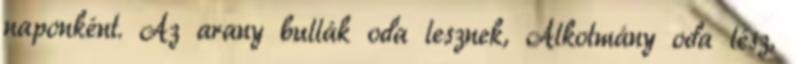
naponként. Az arany bullák oda lesznek, Alkotmány oda lész,